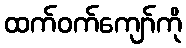
ထက်ဝက်ကျော်ကို